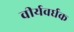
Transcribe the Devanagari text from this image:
वीर्यवर्घक